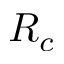
R _ { c }